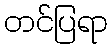
တင်ပြရာ